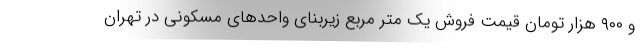
و ۹۰۰ هزار تومان قیمت فروش یک متر مربع زیربنای واحدهای مسکونی در تهران